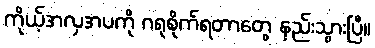
ကိုယ့်အလှအပကို ဂရုစိုက်ရတာတွေ နည်းသွားပြီ။